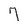
Character: 7